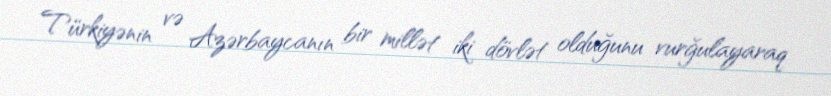
Türkiyənin və Azərbaycanın bir millət iki dövlət olduğunu vurğulayaraq